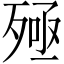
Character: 殛